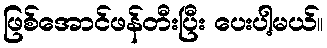
ဖြစ်အောင်ဖန်တီးပြီး ပေးပါ့မယ်။